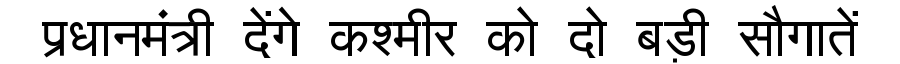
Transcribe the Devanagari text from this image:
प्रधानमंत्री देंगे कश्मीर को दो बड़ी सौगातें